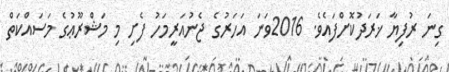
ގިނަ ރުފިޔާ ޚަރަދުކޮށްފައެވެ. 2016ވަނަ އަހަރުގެ ޖެނުއަރީމަހު ފެށި މި މަޝްރޫޢުގެ މަސައްކަތް